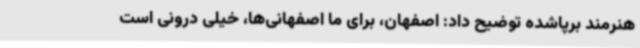
هنرمند برپاشده توضیح داد: اصفهان، برای ما اصفهانی‌ها، خیلی درونی است